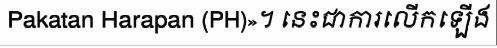
Pakatan Harapan (PH)»។ នេះជាការលើកឡើង